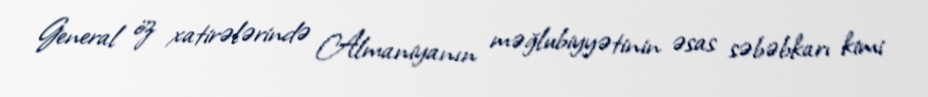
General öz xatirələrində Almaniyanın məğlubiyyətinin əsas səbəbkarı kimi